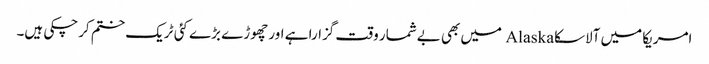
امریکا میں آلاسکا Alaska میں بھی بےشمار وقت گزارا ہے اور چھوڑے بڑے کئی ٹریک ختم کرچکی ہیں۔